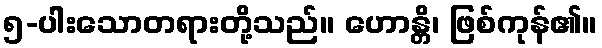
၅-ပါးသောတရားတို့သည်။ ဟောန္တိ၊ ဖြစ်ကုန်၏။